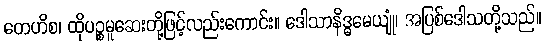
တေဟိစ၊ ထိုပဉ္စမူဆေးတို့ဖြင့်လည်းကောင်း။ ဒေါသာနိဒ္ဓမေယျုံ၊ အပြစ်ဒေါသတို့သည်။